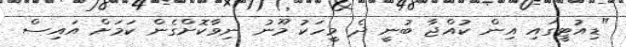
"ޑިއުޓީގައި އިން ކުއްޖާ ބުނީ ދެ މީހަކު މޫނު ނިވާކޮށްގެން ކަމަށް އައިސް